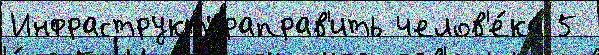
Инфраструктураправ'ить челов'е́ка 5